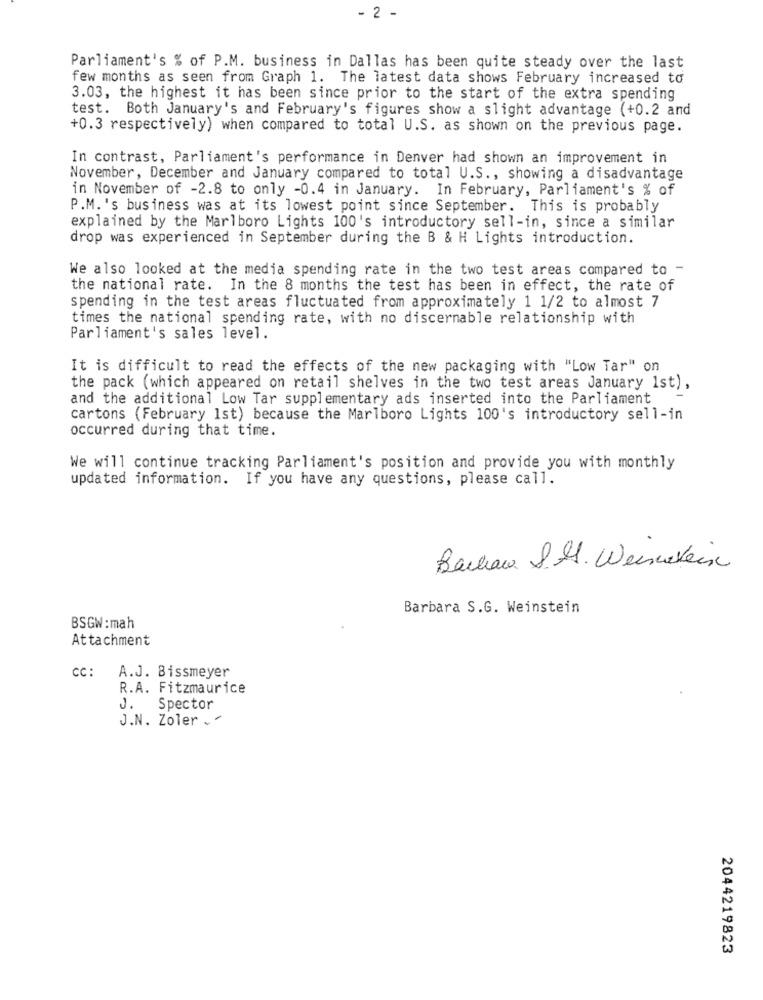
- 2 -
Parliament's % of P.M. business in Dallas has been quite steady over the last
few months as seen from Graph 1. The latest data shows February increased to
3.03, the highest it has been since prior to the start of the extra spending
test. Both January's and February's figures show a slight advantage (+0.2 and
+0.3 respectively) when compared to total U.S. as shown on the previous page.
In contrast, Parliament's performance in Denver had shown an improvement in
November, December and January compared to total U.S ., showing a disadvantage
in November of -2.8 to only -0.4 in January. In February, Parliament's % of
P.M.'s business was at its lowest point since September. This is probably
explained by the Marlboro Lights 100's introductory sell-in, since a similar
drop was experienced in September during the B & H Lights introduction.
We also looked at the media spending rate in the two test areas compared to -
the national rate. In the 8 months the test has been in effect, the rate of
spending in the test areas fluctuated from approximately 1 1/2 to almost 7
times the national spending rate, with no discernable relationship with
Parliament's sales level.
It is difficult to read the effects of the new packaging with "Low Tar" on
the pack (which appeared on retail shelves in the two test areas January 1st),
and the additional Low Tar supplementary ads inserted into the Parliament
cartons (February 1st) because the Marlboro Lights 100's introductory sell-in
occurred during that time.
We will continue tracking Parliament's position and provide you with monthly
updated information. If you have any questions, please call.
Bachau 8.M. Weinstein
Barbara S.G. Weinstein
BSGW :mah
Attachment
CC: A.J. Bissmeyer
R.A. Fitzmaurice
J. Spector
J.N. Zoler +
2044219823